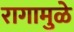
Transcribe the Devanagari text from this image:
रागामुळे